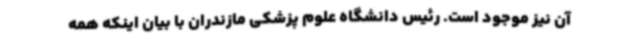
آن نیز موجود است. رئیس دانشگاه علوم پزشکی مازندران با بیان اینکه همه